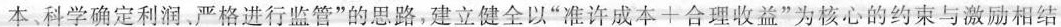
本科学确定利润。严格进行监管”的思路，建立健全以”准许成本+合理收益”为核心的约束与激励相结